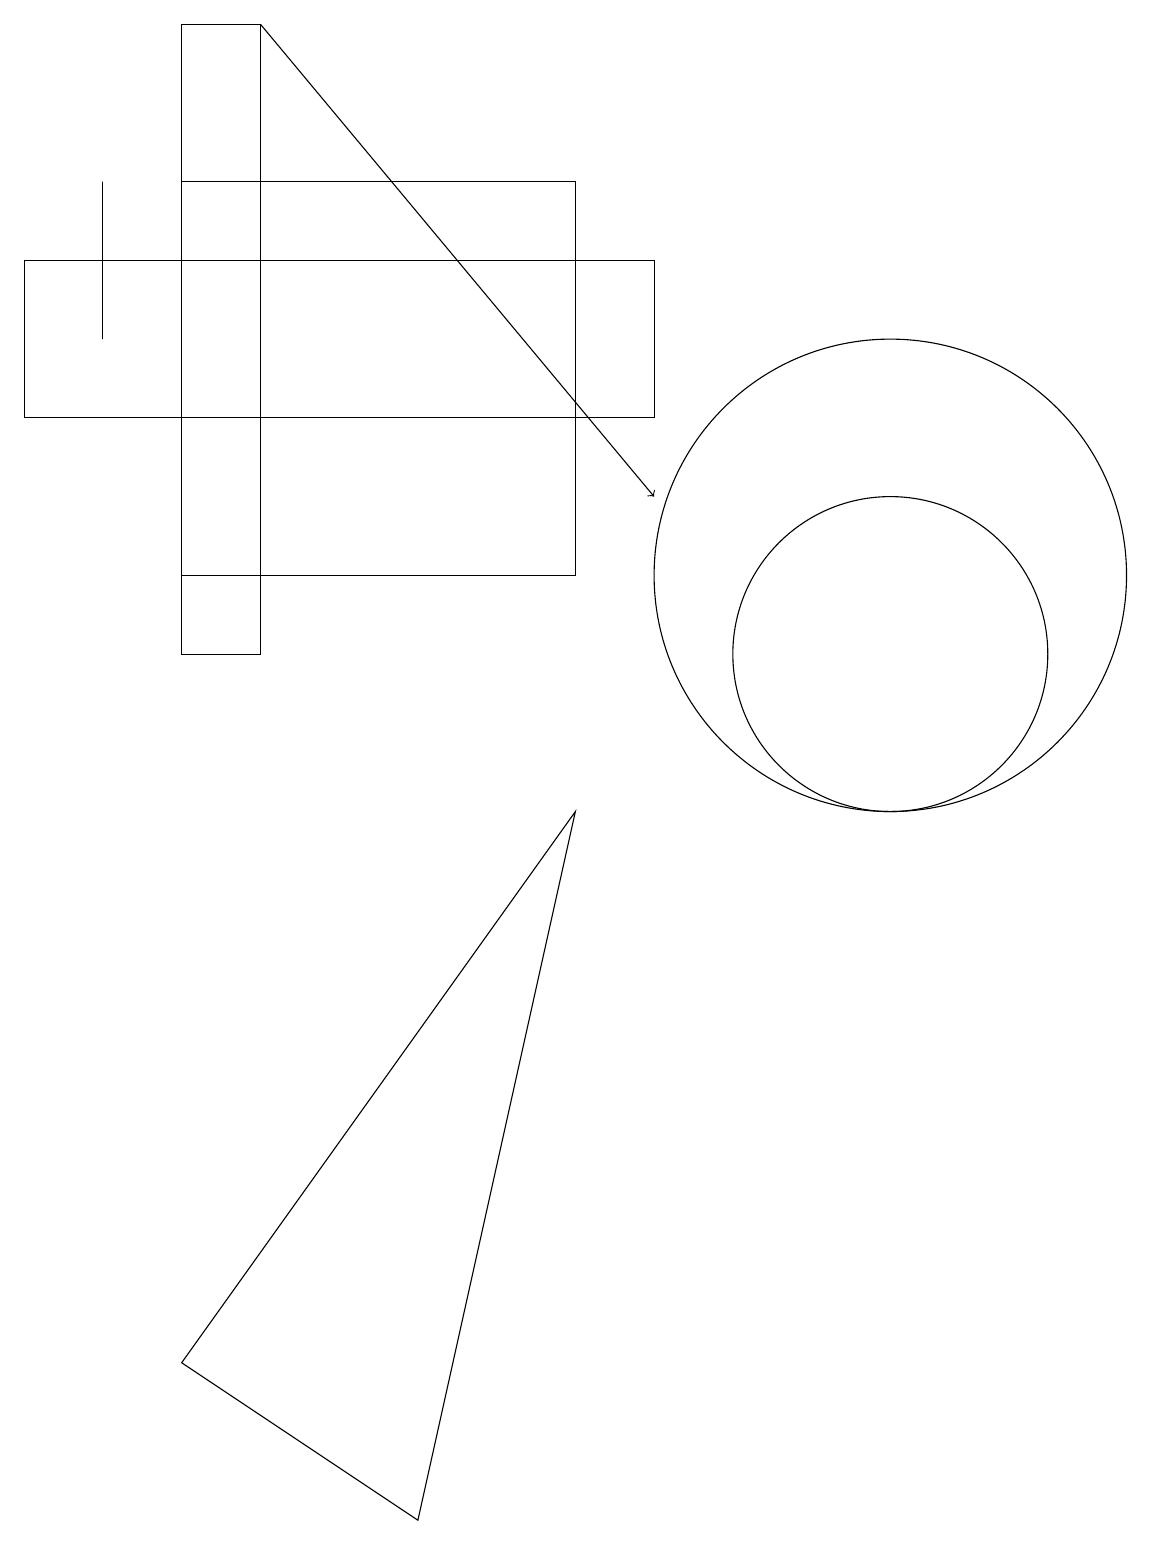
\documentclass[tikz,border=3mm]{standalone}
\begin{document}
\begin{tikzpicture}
\draw (11,12) circle (3);
\draw (2,17) rectangle (7,12);
\draw (11,11) circle (2);
\draw (7,9) -- (2,2) -- (5,0) -- cycle;
\draw (8,16) rectangle (0,14);
\draw (3,19) rectangle (2,11);
\draw[->] (3,19) -- (8,13);
\draw (1,17) rectangle (1,15);
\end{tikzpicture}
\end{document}